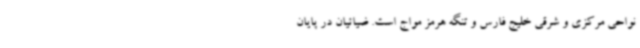
نواحی مرکزی و شرقی خلیج فارس و تنگه هرمز مواج است. ضیائیان در پایان